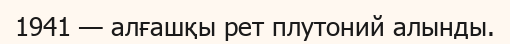
1941 — алғашқы рет плутоний алынды.